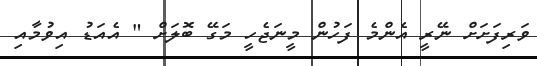
ވަރިފަށަށް ނޭރީ އެންމެ ފަހުން މީނަޖެހީ މަގޭ ބޮލަށް " އެއަޑު އިވުމާއި